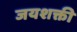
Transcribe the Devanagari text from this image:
जयशक्ती